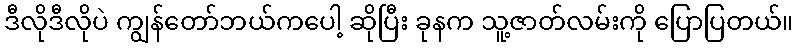
ဒီလိုဒီလိုပဲ ကျွန်တော်ဘယ်ကပေါ့ ဆိုပြီး ခုနက သူ့ဇာတ်လမ်းကို ပြောပြတယ်။